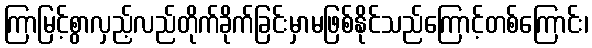
ကြာမြင့်စွာလှည့်လည်တိုက်ခိုက်ခြင်းမှာမဖြစ်နိုင်သည်ကြောင့်တစ်ကြောင်း၊